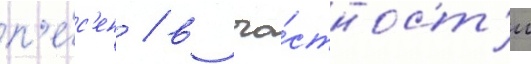
п'е́с'ен / в ча́стност'и